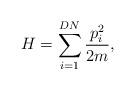
LaTeX: \begin{align*}H=\displaystyle \sum_{i=1}^{DN} \frac{p_{i}^{2}}{2m}, \end{align*}